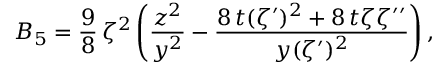
B _ { 5 } = { \frac { 9 } { 8 } } \, { \zeta ^ { 2 } \left( \frac { z ^ { 2 } } { y ^ { 2 } } - \frac { 8 \, t ( \zeta ^ { \prime } ) ^ { 2 } + 8 \, t \zeta \zeta ^ { \prime \prime } } { y ( \zeta ^ { \prime } ) ^ { 2 } } \right) , }